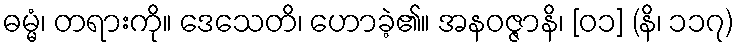
ဓမ္မံ၊ တရားကို။ ဒေသေတိ၊ ဟောခဲ့၏။ အနဝဇ္ဇာနိ၊ [၀၁] (နိ၊ ၁၁၇)